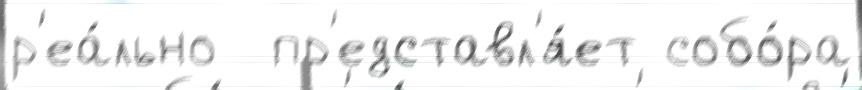
р'еа́льно  пр'едставл'я́ет собо́ра